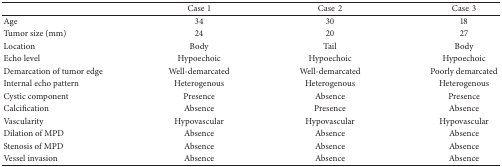
|  | Case1 | Case2 | Case3 |
 | --- | --- | --- | --- |
 | Age | 34 | 30 | 18 |
 | Tumor size (mm) | 24 | 20 | 27 |
 | Location | Body | Tail | Body |
 | Echo level | Hypoechoic | Hypoechoic | Hypoechoic |
 | Demarcation of tumor edge | Well-demarcated | Well-demarcated | Poorly demarcated |
 | Internal echo pattern | Heterogenous | Heterogenous | Heterogenous |
 | Cystic component | Presence | Absence | Presence |
 | Calcification | Absence | Presence | Absence |
 | Vascularity | Hypovascular | Hypovascular | Hypovascular |
 | Dilation of MPD | Absence | Absence | Absence |
 | Stenosis of MPD | Absence | Absence | Absence |
 | Vessel invasion | Absence | Absence | Absence |